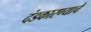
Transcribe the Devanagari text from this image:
दंडकारण्याचे